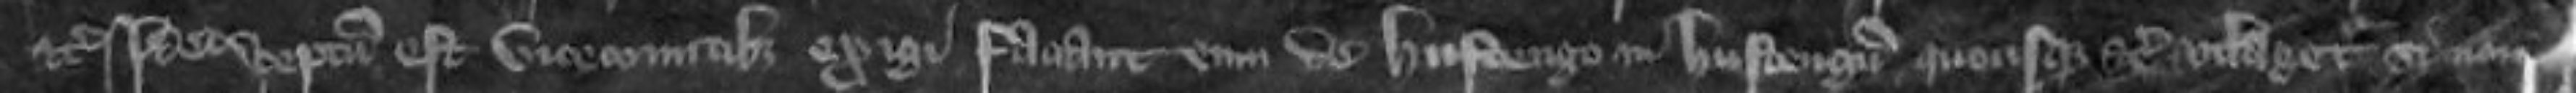
etc Ideo preceptum est vicecomitibus exigi faciant eum de Hustengo in Hustengum quousque etc utlagetur si non etc et